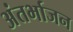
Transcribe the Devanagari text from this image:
अंतर्भाजन